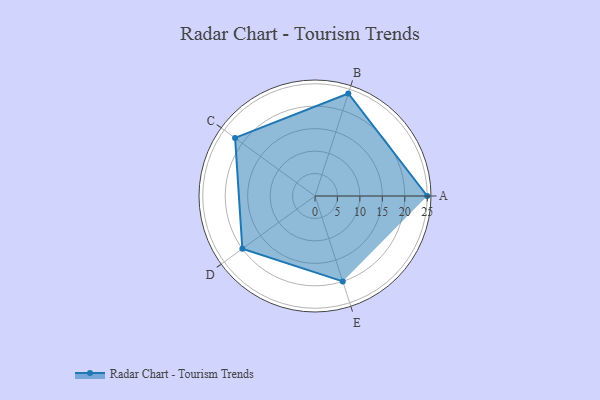
{"axis": {"x": "Skill", "y": "Score"}, "legend": ["Profile"], "data": [{"x": "A", "y": 25.0, "type": "Profile"}, {"x": "B", "y": 24.0, "type": "Profile"}, {"x": "C", "y": 22.0, "type": "Profile"}, {"x": "D", "y": 20, "type": "Profile"}, {"x": "E", "y": 20, "type": "Profile"}]}